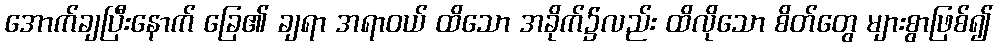
အောက်ချပြီးနောက် ခြေ၏ ချရာ အရာဝယ် ထိသော အခိုက်၌လည်း ထိလိုသော စိတ်တွေ များစွာဖြစ်၍